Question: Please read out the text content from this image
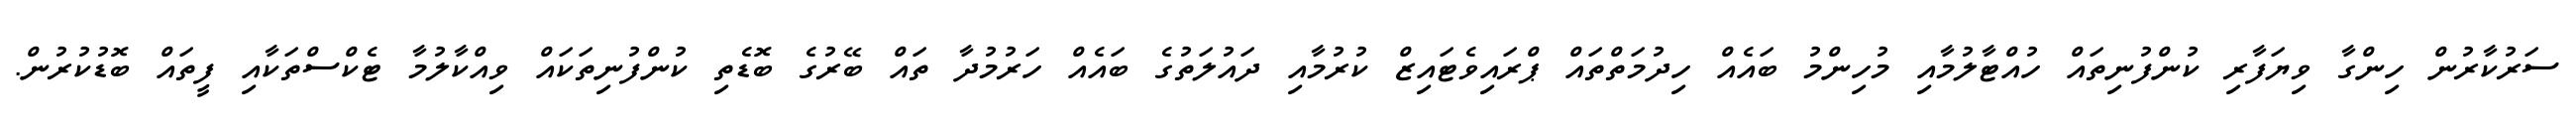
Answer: ސަރުކާރުން ހިންގާ ވިޔަފާރި ކުންފުނިތައް ހުއްޓާލުމާއި މުހިންމު ބައެއް ހިދުމަތްތައް ޕްރައިވެޓައިޒް ކުރުމާއި ދައުލަތުގެ ބައެއް ހަރުމުދާ ތައް ބޭރުގެ ބޮޑެތި ކުންފުނިތަކައް ވިއްކާލުމާ ޓެކްސްތަކާއި ފީތައް ބޮޑުކުރުން.